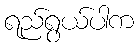
ရည်ရွယ်ပါက